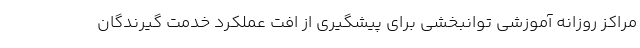
مراکز روزانه آموزشی توانبخشی برای پیشگیری از افت عملکرد خدمت گیرندگان